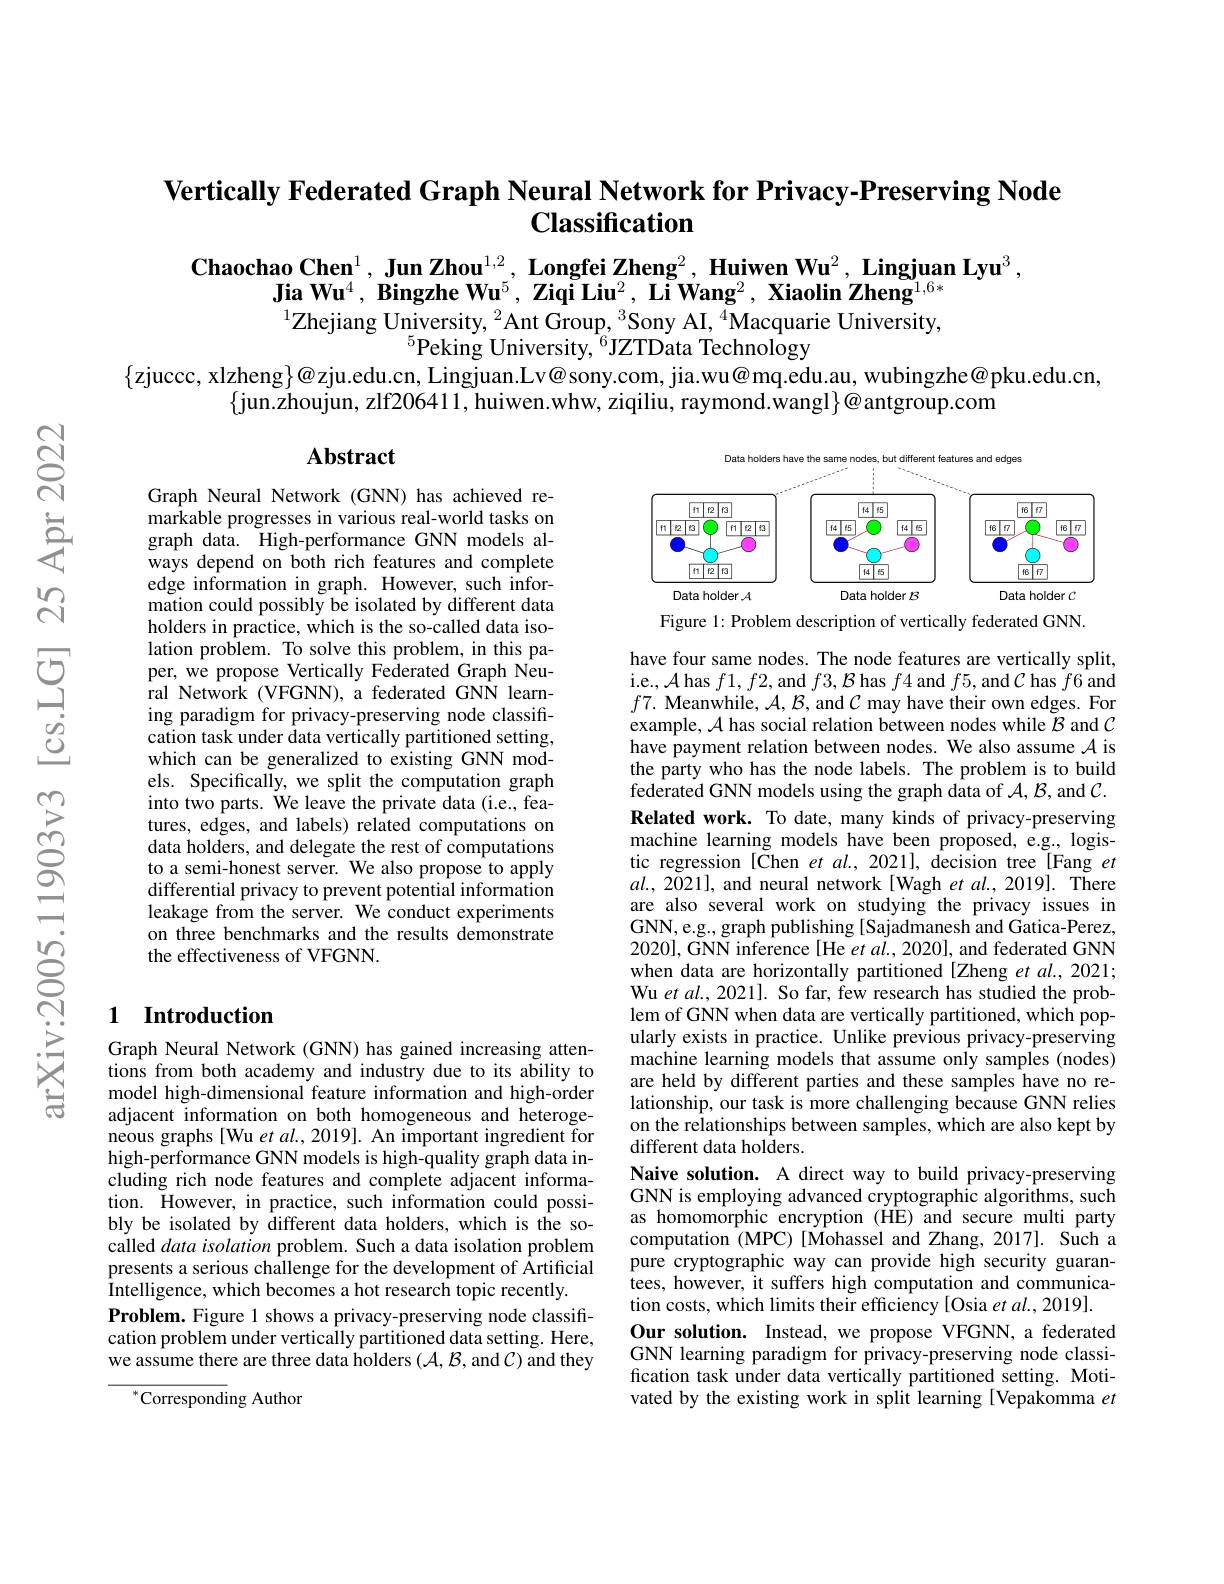
# $\textbf{Vertically Federated Graph Neural Network for Privacy- Preserving Node}$ $\textbf{Classification}$

$\textbf{Chaochao Chen}^1,\textbf{ Jun Zhou}^{1,2},\textbf{ Longfei Zheng}^2,\textbf{ Huiwen Wu}^2,\textbf{ Lingjuan Lyu}^3$
Jia Wu$^4,\textbf{Bingzhe Wu}^5,\textbf{Ziqi Liu}^2,\textbf{ Li Wang}^2,\textbf{ Xiaolin Zheng}^{1,6*}$ $^{1}$Zhejiang University, $^2$Ant Group, $^3$Sony AI, $^4$Macquarie University,

$^{5}$Peking University, $^{6}$JZTData Technology
$\{$zjuccc, xlzheng$\}@$zju.edu.cn, Lingjuan.Lv@sony.com, jia.wu@mq.edu.au, wubingzhe@pku.edu.cn,
$\{$jun.zhoujun, zlf206411, huiwen.whw, ziqiliu, raymond.wangl$\}\bar{@}$antgroup.com
$\mathbf{Abstract}$

<FigureHere>

Figure 1: Problem description of vertically federated GNN.

Graph Neural Network (GNN) has achieved remarkable progresses in various real-world tasks on graph data. High-performance GNN models always depend on both rich features and complete edge information in graph. However, such information could possibly be isolated by different data holders in practice, which is the so-called data isolation problem. To solve this problem, in this paper, we propose Vertically Federated Graph Neural Network (VFGNN), a federated GNN learning paradigm for privacy-preserving node classification task under data vertically partitioned setting, which can be generalized to existing GNN models. Specifically, we split the computation graph into two parts. We leave the private data (i.e., features, edges, and labels) related computations on data holders, and delegate the rest of computations to a semi-honest server. We also propose to apply differential privacy to prevent potential information leakage from the server. We conduct experiments on three benchmarks and the results demonstrate the effectiveness of VFGNN.

## 1 Introduction

have four same nodes. The node features are vertically split, i.e., $\mathcal{A}$has $f1,f2$,and $f3,\mathcal{B}$ has $f4$ and $f5$,and $\mathcal{C}$ has $f6$ and $f7.$ Meanwhile, $\mathcal{A},\mathcal{B}$, and $\mathcal{C}$ may have their own edges. For example, $\mathcal{A}$ has social relation between nodes while $\tilde{\mathcal{B}}$ and $\mathcal{C}$ have payment relation between nodes. We also assume $\mathcal{A}$ is the party who has the node labels. The problem is to build federated GNN models using the graph data of $\mathcal{A},\mathcal{B}$,and $\mathcal{C}.$ Related work. To date, many kinds of privacy-preserving machine learning models have been proposed, e.g., logistic regression [ Chen $etal. , 2021] $,decision tree[ Fang $et$ $al.,2021]$, and neural network[Wagh $etal.,2019].$ There are also several work on studying the privacy issues in GNN, e.g., graph publishing [Sajadmanesh and Gatica-Perez, 2020], GNN inference [He $et\textit{al. , 2020}] $, and federated GNN when data are horizontally partitioned [Zheng et al., 2021; Wu et al., 2021]. So far, few research has studied the problem of GNN when data are vertically partitioned, which popularly exists in practice. Unlike previous privacy-preserving machine learning models that assume only samples (nodes) are held by different parties and these samples have no relationship, our task is more challenging because GNN relies on the relationships between samples, which are also kept by different data holders.
Naive solution. A direct way to build privacy-preserving GNN is employing advanced cryptographic algorithms, such as homomorphic encryption (HE) and secure multi party computation (MPC)[Mohassel and Zhang, 2017]. Such a pure cryptographic way can provide high security guarantees, however, it suffers high computation and communication costs, which limits their efficiency [Osia et al., 2019].
Our solution. Instead, we propose VFGNN, a federated GNN learning paradigm for privacy-preserving node classification task under data vertically partitioned setting. Motivated by the existing work in split learning [Vepakomma $et$

Graph Neural Network (GNN) has gained increasing attentions from both academy and industry due to its ability to model high-dimensional feature information and high-order adjacent information on both homogeneous and heterogeneous graphs[Wu et $al.,2019].$ An important ingredient for high-performance GNN models is high-quality graph data including rich node features and complete adjacent information. However, in practice, such information could possibly be isolated by different data holders, which is the socalled data isolation problem. Such a data isolation problem presents a serious challenge for the development of Artificial Intelligence, which becomes a hot research topic recently
Problem. Figure 1 shows a privacy-preserving node classification problem under vertically partitioned data setting. Here, we assume there are three data holders $(\mathcal{A},\mathcal{B}$,and $\mathcal{C})$ and they

$^{*}$Corresponding Author